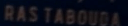
RAS TABOUDA